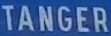
TANGER